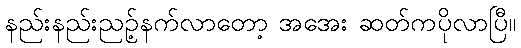
နည်းနည်းညဉ့်နက်လာတော့ အအေး ဆတ်ကပိုလာပြီ။